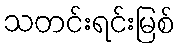
သတင်းရင်းမြစ်